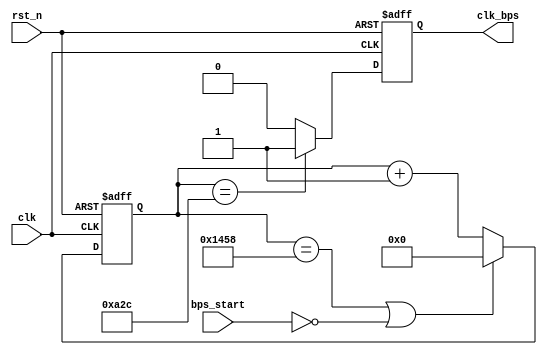
module speed_select(
    clk,
    rst_n,
    bps_start,
    clk_bps
);

input clk;
input rst_n;
input bps_start;
output clk_bps;

`define BPS 9600
`define CLK_PERIOD 20
`define BPS_SET 96
`define BPS_PARA (10_000_000/`CLK_PERIOD/`BPS_SET)
`define BPS_PARA_2 (`BPS_PARA/2)

reg [12:0] cnt;
reg clk_bps_r;

//----------------------------------------------------------
always@(posedge clk or negedge rst_n)
    if(!rst_n) cnt <= 13'd0;
    else if((cnt == `BPS_PARA) || !bps_start) cnt <= 13'd0;
    else cnt <= cnt + 1;

always@(posedge clk or negedge rst_n)
    if(!rst_n) clk_bps_r <= 1'b0;
    else if(cnt == `BPS_PARA_2) clk_bps_r <= 1'b1;
    else clk_bps_r <= 1'b0;

assign clk_bps = clk_bps_r;

endmodule